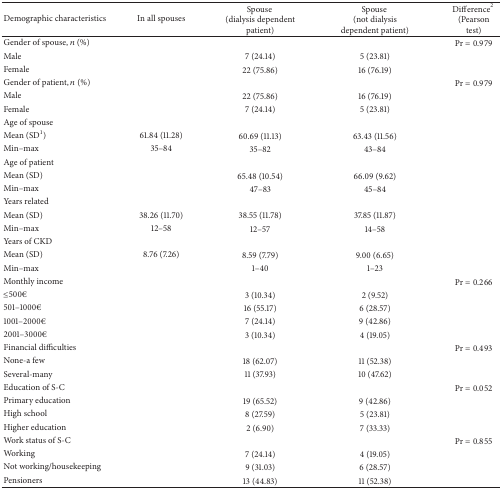
<table><thead><tr><td><b>Demographic characteristics</b></td><td><b>In all spouses</b></td><td><b>Spouse (dialysis dependent patient)</b></td><td><b>Spouse (not dialysis dependent patient)</b></td><td><b>Difference<sup>2</sup> (Pearson test)</b></td></tr></thead><tbody><tr><td>Gender of spouse, <i>n</i> (%)</td><td> </td><td> </td><td> </td><td>Pr = 0.979</td></tr><tr><td>Male</td><td> </td><td>7 (24.14)</td><td>5 (23.81)</td><td> </td></tr><tr><td>Female</td><td> </td><td>22 (75.86)</td><td>16 (76.19)</td><td> </td></tr><tr><td>Gender of patient, <i>n</i> (%)</td><td> </td><td> </td><td> </td><td>Pr = 0.979</td></tr><tr><td>Male</td><td> </td><td>22 (75.86)</td><td>16 (76.19)</td><td> </td></tr><tr><td>Female</td><td> </td><td>7 (24.14)</td><td>5 (23.81)</td><td> </td></tr><tr><td>Age of spouse</td><td> </td><td> </td><td> </td><td> </td></tr><tr><td>Mean (SD<sup>1</sup>)</td><td>61.84 (11.28)</td><td>60.69 (11.13)</td><td>63.43 (11.56)</td><td> </td></tr><tr><td>Min–max</td><td>35–84</td><td>35–82</td><td>43–84</td><td> </td></tr><tr><td>Age of patient</td><td> </td><td> </td><td> </td><td> </td></tr><tr><td>Mean (SD)</td><td> </td><td>65.48 (10.54)</td><td>66.09 (9.62)</td><td> </td></tr><tr><td>Min–max</td><td> </td><td>47–83</td><td>45–84</td><td> </td></tr><tr><td>Years related</td><td> </td><td> </td><td> </td><td> </td></tr><tr><td>Mean (SD)</td><td>38.26 (11.70)</td><td>38.55 (11.78)</td><td>37.85 (11.87)</td><td> </td></tr><tr><td>Min–max</td><td>12–58</td><td>12–57</td><td>14–58</td><td> </td></tr><tr><td>Years of CKD</td><td> </td><td> </td><td> </td><td> </td></tr><tr><td>Mean (SD)</td><td>8.76 (7.26)</td><td>8.59 (7.79)</td><td>9.00 (6.65)</td><td> </td></tr><tr><td>Min–max</td><td> </td><td>1–40</td><td>1–23</td><td> </td></tr><tr><td>Monthly income</td><td> </td><td> </td><td> </td><td>Pr = 0.266</td></tr><tr><td>≤500€</td><td> </td><td>3 (10.34)</td><td>2 (9.52)</td><td> </td></tr><tr><td>501–1000€</td><td> </td><td>16 (55.17)</td><td>6 (28.57)</td><td> </td></tr><tr><td>1001–2000€</td><td> </td><td>7 (24.14)</td><td>9 (42.86)</td><td> </td></tr><tr><td>2001–3000€</td><td> </td><td>3 (10.34)</td><td>4 (19.05)</td><td> </td></tr><tr><td>Financial difficulties</td><td> </td><td> </td><td> </td><td>Pr = 0.493</td></tr><tr><td>None-a few</td><td> </td><td>18 (62.07)</td><td>11 (52.38)</td><td> </td></tr><tr><td>Several-many</td><td> </td><td>11 (37.93)</td><td>10 (47.62)</td><td> </td></tr><tr><td>Education of S-C</td><td> </td><td> </td><td> </td><td>Pr = 0.052</td></tr><tr><td>Primary education</td><td> </td><td>19 (65.52)</td><td>9 (42.86)</td><td> </td></tr><tr><td>High school</td><td> </td><td>8 (27.59)</td><td>5 (23.81)</td><td> </td></tr><tr><td>Higher education</td><td> </td><td>2 (6.90)</td><td>7 (33.33)</td><td> </td></tr><tr><td>Work status of S-C</td><td> </td><td> </td><td> </td><td>Pr = 0.855</td></tr><tr><td>Working</td><td> </td><td>7 (24.14)</td><td>4 (19.05)</td><td> </td></tr><tr><td>Not working/housekeeping</td><td> </td><td>9 (31.03)</td><td>6 (28.57)</td><td> </td></tr><tr><td>Pensioners</td><td> </td><td>13 (44.83)</td><td>11 (52.38)</td><td> </td></tr></tbody></table>